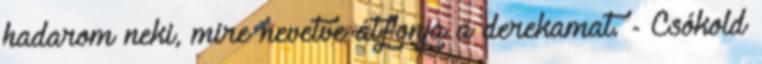
hadarom neki, mire nevetve átfonja a derekamat. - Csókold